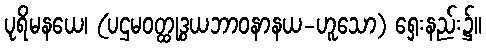
ပုရိမနယေ၊ (ပဌမဝတ္ထုဒွယဘာဝနာနယ-ဟူသော) ရှေးနည်း၌။